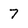
Character: 7